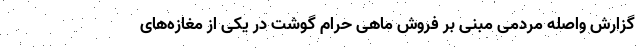
گزارش واصله مردمی مبنی بر فروش ماهی حرام گوشت در یکی از مغازه‌های